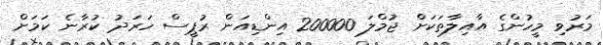
މަރުވި މީހުންގެ އާއިލާތަކަށް ޖުމްލަ 200000 އިންޑިއަން ރުޕީސް ހަރަދު ކުރާނެ ކަމަށް